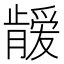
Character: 𱭈